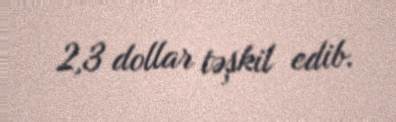
2,3 dollar təşkil edib.